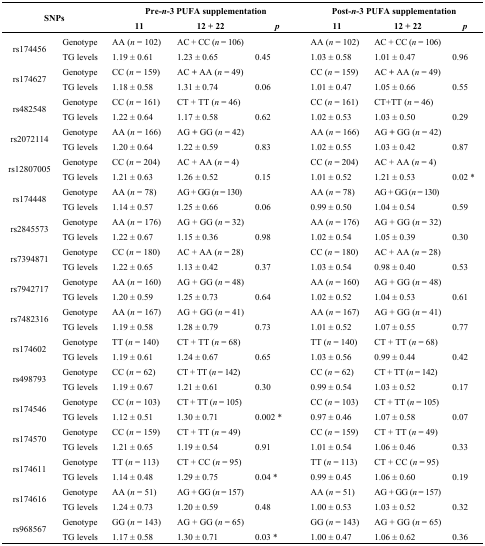
<table><thead><tr><td rowspan="2" colspan="2"><b>SNPs</b></td><td colspan="3"><b>Pre-<i>n</i>-3 PUFA supplementation</b></td><td colspan="3"><b>Post-<i>n</i>-3 PUFA supplementation</b></td></tr><tr><td><b>11</b></td><td><b>12 + 22</b></td><td><b><i>p</i></b></td><td><b>11</b></td><td><b>12 + 22</b></td><td><b><i>p</i></b></td></tr></thead><tbody><tr><td rowspan="2">rs174456</td><td>Genotype</td><td>AA (<i>n</i> = 102)</td><td>AC + CC (<i>n</i> = 106)</td><td></td><td>AA (<i>n</i> = 102)</td><td>AC + CC (<i>n</i> = 106)</td><td></td></tr><tr><td>TG levels</td><td>1.19 ± 0.61</td><td>1.23±0.65</td><td>0.45</td><td>1.03±0.58</td><td>1.01±0.47</td><td>0.96</td></tr><tr><td rowspan="2">rs174627</td><td>Genotype</td><td>CC (<i>n</i> = 159)</td><td>AC + AA (<i>n</i> = 49)</td><td></td><td>CC (<i>n</i> = 159)</td><td>AC + AA (<i>n</i> = 49)</td><td></td></tr><tr><td>TG levels</td><td>1.18±0.58</td><td>1.31±0.74</td><td>0.06</td><td>1.01±0.47</td><td>1.05±0.66</td><td>0.55</td></tr><tr><td rowspan="2">rs482548</td><td>Genotype</td><td>CC (<i>n</i> = 161)</td><td>CT + TT (<i>n</i> = 46)</td><td></td><td>CC (<i>n</i> = 161)</td><td>CT+TT (<i>n</i> = 46)</td><td></td></tr><tr><td>TG levels</td><td>1.22±0.64</td><td>1.17±0.58</td><td>0.62</td><td>1.02±0.53</td><td>1.03±0.50</td><td>0.29</td></tr><tr><td rowspan="2">rs2072114</td><td>Genotype</td><td>AA (<i>n</i> = 166)</td><td>AG + GG (<i>n</i> = 42)</td><td></td><td>AA (<i>n</i> = 166)</td><td>AG + GG (<i>n</i> = 42)</td><td></td></tr><tr><td>TG levels</td><td>1.20±0.64</td><td>1.22±0.59</td><td>0.83</td><td>1.02±0.55</td><td>1.03±0.42</td><td>0.87</td></tr><tr><td rowspan="2">rs12807005</td><td>Genotype</td><td>CC (<i>n</i> = 204)</td><td>AC + AA (<i>n</i> = 4)</td><td></td><td>CC (<i>n</i> = 204)</td><td>AC + AA (<i>n</i> = 4)</td><td></td></tr><tr><td>TG levels</td><td>1.21±0.63</td><td>1.26<i>±</i> 0.52</td><td>0.15</td><td>1.01±0.52</td><td>1.21±0.53</td><td>0.02 *</td></tr><tr><td rowspan="2">rs174448</td><td>Genotype</td><td>AA (<i>n</i> = 78)</td><td>AG + GG (<i>n</i> = 130)</td><td></td><td>AA (<i>n</i> = 78)</td><td>AG + GG (<i>n</i> = 130)</td><td></td></tr><tr><td>TG levels</td><td>1.14±0.57</td><td>1.25±0.66</td><td>0.06</td><td>0.99±0.50</td><td>1.04±0.54</td><td>0.59</td></tr><tr><td rowspan="2">rs2845573</td><td>Genotype</td><td>AA (<i>n</i> = 176)</td><td>AG + GG (<i>n</i> = 32)</td><td></td><td>AA (<i>n</i> = 176)</td><td>AG + GG (<i>n</i> = 32)</td><td></td></tr><tr><td>TG levels</td><td>1.22±0.67</td><td>1.15±0.36</td><td>0.98</td><td>1.02±0.54</td><td>1.05±0.39</td><td>0.30</td></tr><tr><td rowspan="2">rs7394871</td><td>Genotype</td><td>CC (<i>n</i> = 180)</td><td>AC + AA (<i>n</i> = 28)</td><td></td><td>CC (<i>n</i> = 180)</td><td>AC + AA (<i>n</i> = 28)</td><td></td></tr><tr><td>TG levels</td><td>1.22±0.65</td><td>1.13±0.42</td><td>0.37</td><td>1.03±0.54</td><td>0.98±0.40</td><td>0.53</td></tr><tr><td rowspan="2">rs7942717</td><td>Genotype</td><td>AA (<i>n</i> = 160)</td><td>AG + GG (<i>n</i> = 48)</td><td></td><td>AA (<i>n</i> = 160)</td><td>AG + GG (<i>n</i> = 48)</td><td></td></tr><tr><td>TG levels</td><td>1.20±0.59</td><td>1.25±0.73</td><td>0.64</td><td>1.02±0.52</td><td>1.04±0.53</td><td>0.61</td></tr><tr><td rowspan="2">rs7482316</td><td>Genotype</td><td>AA (<i>n</i> = 167)</td><td>AG + GG (<i>n</i> = 41)</td><td></td><td>AA (<i>n</i> = 167)</td><td>AG + GG (<i>n</i> = 41)</td><td></td></tr><tr><td>TG levels</td><td>1.19±0.58</td><td>1.28±0.79</td><td>0.73</td><td>1.01±0.52</td><td>1.07±0.55</td><td>0.77</td></tr><tr><td rowspan="2">rs174602</td><td>Genotype</td><td>TT (<i>n</i> = 140)</td><td>CT + TT (<i>n</i> = 68)</td><td></td><td>TT (<i>n</i> = 140)</td><td>CT + TT (<i>n</i> = 68)</td><td></td></tr><tr><td>TG levels</td><td>1.19±0.61</td><td>1.24±0.67</td><td>0.65</td><td>1.03±0.56</td><td>0.99±0.44</td><td>0.42</td></tr><tr><td rowspan="2">rs498793</td><td>Genotype</td><td>CC (<i>n</i> = 62)</td><td>CT + TT (<i>n</i> = 142)</td><td></td><td>CC (<i>n</i> = 62)</td><td>CT + TT (<i>n</i> = 142)</td><td></td></tr><tr><td>TG levels</td><td>1.19±0.67</td><td>1.21±0.61</td><td>0.30</td><td>0.99±0.54</td><td>1.03±0.52</td><td>0.17</td></tr><tr><td rowspan="2">rs174546</td><td>Genotype</td><td>CC (<i>n</i> = 103)</td><td>CT + TT (<i>n</i> = 105)</td><td></td><td>CC (<i>n</i> = 103)</td><td>CT + TT (<i>n</i> = 105)</td><td></td></tr><tr><td>TG levels</td><td>1.12±0.51</td><td>1.30±0.71</td><td>0.002 *</td><td>0.97±0.46</td><td>1.07±0.58</td><td>0.07</td></tr><tr><td rowspan="2">rs174570</td><td>Genotype</td><td>CC (<i>n</i> = 159)</td><td>CT + TT (<i>n</i> = 49)</td><td></td><td>CC (<i>n</i> = 159)</td><td>CT + TT (<i>n</i> = 49)</td><td></td></tr><tr><td>TG levels</td><td>1.21±0.65</td><td>1.19±0.54</td><td>0.91</td><td>1.01±0.54</td><td>1.06±0.46</td><td>0.33</td></tr><tr><td rowspan="2">rs174611</td><td>Genotype</td><td>TT (<i>n</i> = 113)</td><td>CT + CC (<i>n</i> = 95)</td><td></td><td>TT (<i>n</i> = 113)</td><td>CT + CC (<i>n</i> = 95)</td><td></td></tr><tr><td>TG levels</td><td>1.14±0.48</td><td>1.29±0.75</td><td>0.04 *</td><td>0.99±0.45</td><td>1.06±0.60</td><td>0.19</td></tr><tr><td rowspan="2">rs174616</td><td>Genotype</td><td>AA (<i>n</i> = 51)</td><td>AG + GG (<i>n</i> = 157)</td><td></td><td>AA (<i>n</i> = 51)</td><td>AG + GG (<i>n</i> = 157)</td><td></td></tr><tr><td>TG levels</td><td>1.24±0.73</td><td>1.20±0.59</td><td>0.48</td><td>1.00±0.53</td><td>1.03±0.52</td><td>0.32</td></tr><tr><td rowspan="2">rs968567</td><td>Genotype</td><td>GG (<i>n</i> = 143)</td><td>AG + GG (<i>n</i> = 65)</td><td></td><td>GG (<i>n</i> = 143)</td><td>AG + GG (<i>n</i> = 65)</td><td></td></tr><tr><td>TG levels</td><td>1.17±0.58</td><td>1.30±0.71</td><td>0.03 *</td><td>1.00±0.47</td><td>1.06±0.62</td><td>0.36</td></tr></tbody></table>